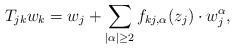
LaTeX: \begin{align*}T_{jk} w_k = w_j+\sum_{|\alpha|\geq 2}f_{kj, \alpha}(z_j)\cdot w_j^\alpha, \end{align*}